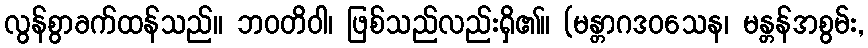
လွန်စွာခက်ထန်သည်။ ဘဝတိဝါ၊ ဖြစ်သည်လည်းရှိ၏။ (မန္တာဂဒဝသေန၊ မန္တန်အစွမ်း,